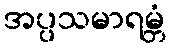
အပ္ပသမာရမ္ဘံ